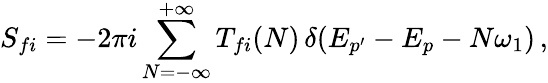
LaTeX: S_{fi}=-2\pi i\sum_{N=-\infty}^{+\infty}T_{fi}(N)\, \delta(E_{p^{\prime}}-E_{p}-N\omega_{1})\, ,